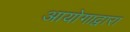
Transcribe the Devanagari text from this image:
आयोगाद्वारा